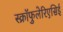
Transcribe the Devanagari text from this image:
स्क्रॉफुलेरिएसिई